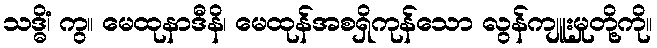
သဒ္ဓိံ၊ ကွ။ မေထုနာဒီနိ၊ မေထုန်အစရှိကုန်သော လွန်ကျူးမှုတို့ကို။